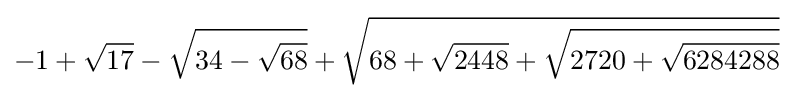
-1+{\sqrt {17}}-{\sqrt {34-{\sqrt {68}}}}+{\sqrt {68+{\sqrt {2448}}+{\sqrt {2720+{\sqrt {6284288}}}}}}